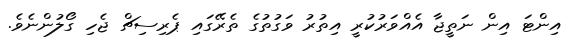
އިންޓަ އިން ނަތީޖާ އެއްވަރުކުރީ އިތުރު ވަގުތުގެ ތެރޭގައި ޕެރިސިޗް ޖެހި ގޯލުންނެވެ.